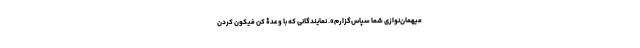
میهمان‌نوازی شما سپاس‌گزارم». نمایندگانی که با وعدۀ کن فیکون کردن